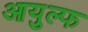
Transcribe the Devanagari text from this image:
आयुल्फ